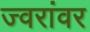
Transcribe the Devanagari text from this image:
ज्वरांवर